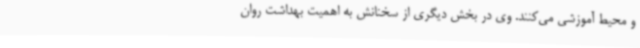
و محیط آموزشی می‌کنند. وی در بخش دیگری از سخنانش به اهمیت بهداشت روان